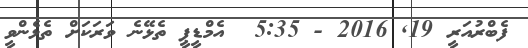
ފެބްރުއަރީ 19